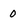
Character: 0